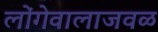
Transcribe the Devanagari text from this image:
लोंगेवालाजवळ